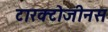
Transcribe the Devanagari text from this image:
टारक्टोजीनस